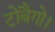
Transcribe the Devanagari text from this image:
टोबैगो।